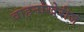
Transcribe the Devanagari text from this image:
वाहनांखेरीज